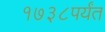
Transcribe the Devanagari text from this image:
१७३८पर्यंत